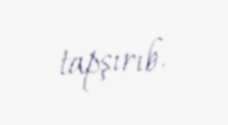
tapşırıb.